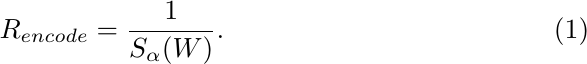
	\begin{equation}
		\label{R_encode}
		{R_{encode}} = \frac{1}{{{S_\alpha}(W)}}.
	\end{equation}